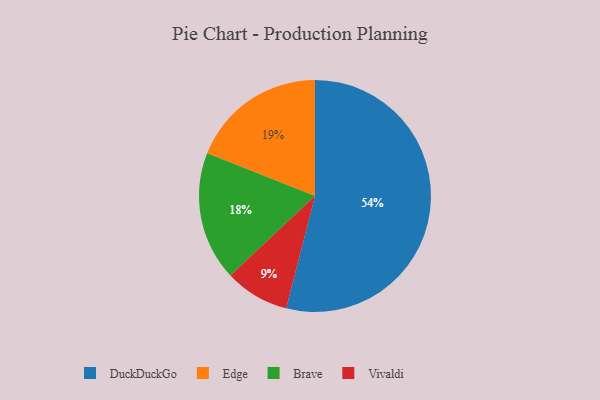
{"axis": {"x": "Category", "y": "Percentage"}, "legend": ["Brave", "DuckDuckGo", "Edge", "Vivaldi"], "data": [{"x": "Vivaldi", "y": 9, "type": "Vivaldi"}, {"x": "Brave", "y": 18, "type": "Brave"}, {"x": "DuckDuckGo", "y": 54, "type": "DuckDuckGo"}, {"x": "Edge", "y": 19, "type": "Edge"}]}